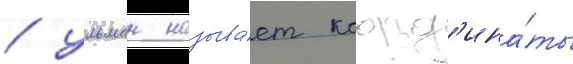
/ ульман называ́ет коорд'ина́ты